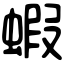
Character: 蝦